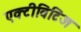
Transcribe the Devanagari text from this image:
एक्टीविटिज